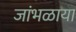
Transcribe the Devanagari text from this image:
जांभळाया